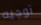
توجيه